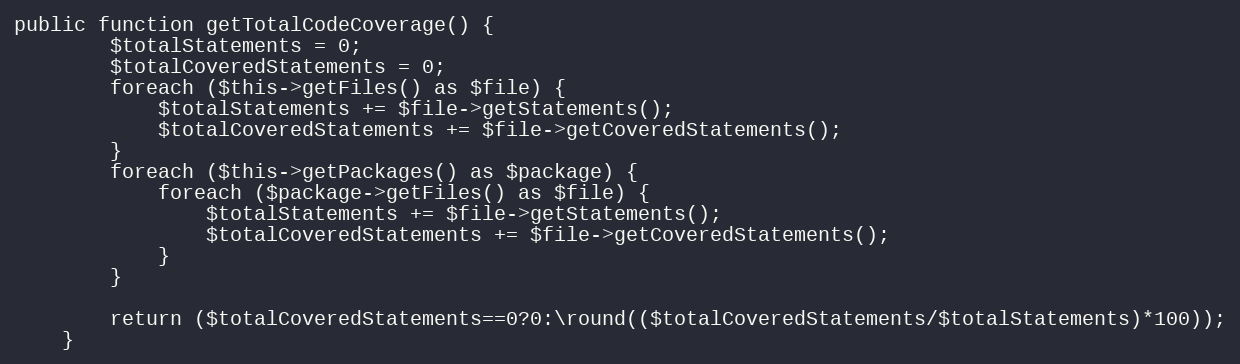
Language: PHP
public function getTotalCodeCoverage() {
		$totalStatements = 0;
		$totalCoveredStatements = 0;
		foreach ($this->getFiles() as $file) {
			$totalStatements += $file->getStatements();
			$totalCoveredStatements += $file->getCoveredStatements();
		}
		foreach ($this->getPackages() as $package) {
			foreach ($package->getFiles() as $file) {
				$totalStatements += $file->getStatements();
				$totalCoveredStatements += $file->getCoveredStatements();
			}
		}

		return ($totalCoveredStatements==0?0:\round(($totalCoveredStatements/$totalStatements)*100));
	}